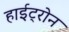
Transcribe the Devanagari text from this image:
हाईट्रोन